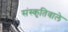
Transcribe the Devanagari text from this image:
संस्कृतिवाले